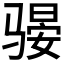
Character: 𫘫